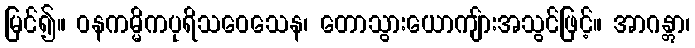
မြင်၍။ ဝနကမ္မိကပုရိသဝေသေန၊ တောသွားယောကျ်ားအသွင်ဖြင့်။ အာဂန္တွာ၊